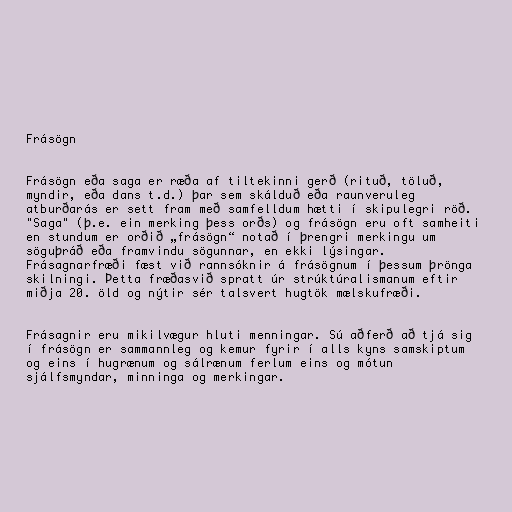
Frásögn

Frásögn eða saga er ræða af tiltekinni gerð (rituð, töluð,
myndir, eða dans t.d.) þar sem skálduð eða raunveruleg
atburðarás er sett fram með samfelldum hætti í skipulegri röð.
"Saga" (þ.e. ein merking þess orðs) og frásögn eru oft samheiti
en stundum er orðið „frásögn“ notað í þrengri merkingu um
söguþráð eða framvindu sögunnar, en ekki lýsingar.
Frásagnarfræði fæst við rannsóknir á frásögnum í þessum þrönga
skilningi. Þetta fræðasvið spratt úr strúktúralismanum eftir
miðja 20. öld og nýtir sér talsvert hugtök mælskufræði.

Frásagnir eru mikilvægur hluti menningar. Sú aðferð að tjá sig
í frásögn er sammannleg og kemur fyrir í alls kyns samskiptum
og eins í hugrænum og sálrænum ferlum eins og mótun
sjálfsmyndar, minninga og merkingar.